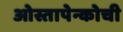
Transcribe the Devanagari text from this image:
ओस्तापेन्कोची